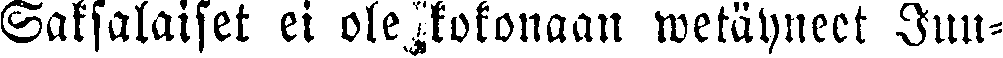
Saksalaiset ei ole kokonaan wetäyneet Juu-